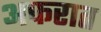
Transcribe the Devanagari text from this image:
अफरात